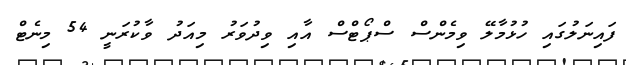
ފައިނަލުގައި ހުޅުމާލޭ ވިމެންސް ސްޕޯޓްސް އާއި ވިދުވަރު މިއަދު ވާކުރަނީ 54 މިނެޓް